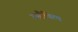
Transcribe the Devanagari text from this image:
रसौचित्य